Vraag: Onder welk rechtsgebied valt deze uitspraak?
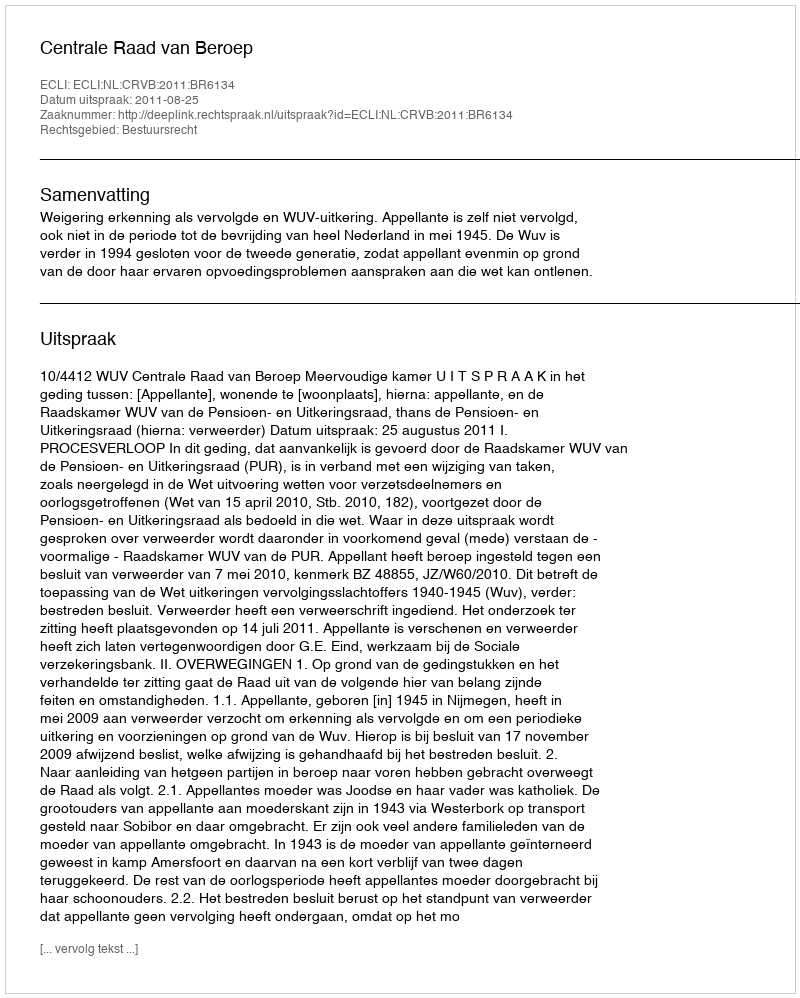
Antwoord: Bestuursrecht